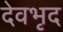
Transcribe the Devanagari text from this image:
देवभृद